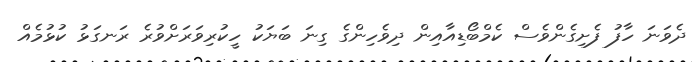
ދެވަނަ ހާފު ފެށިގެންވެސް ކެމްބޯޑިއާއިން ދިވެހިންގެ ގިނަ ބަޔަކު ހީކުރިވަރަށްވުރެ ރަނގަޅު ކުޅުމެއް